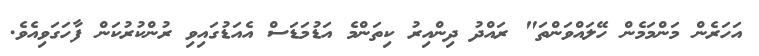
އަހަރެން މަންމަމެން ހޭލައްވަންތަ" ރައްދު ދިންއިރު ކިތަންމެ އަޑުމަޑަސް އެއަޑުގައިވި ރުންކުރުކަން ފާހަގަވިއެވެ.